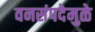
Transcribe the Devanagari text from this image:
वनसंपदेमुळे